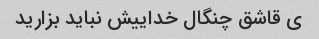
ی قاشق چنگال خداییش نباید بزارید